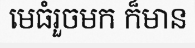
មេធំរួចមក ក៏មាន